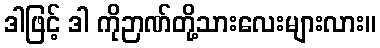
ဒါဖြင့် ဒါ ကိုဉာဏ်တို့သားလေးများလား။